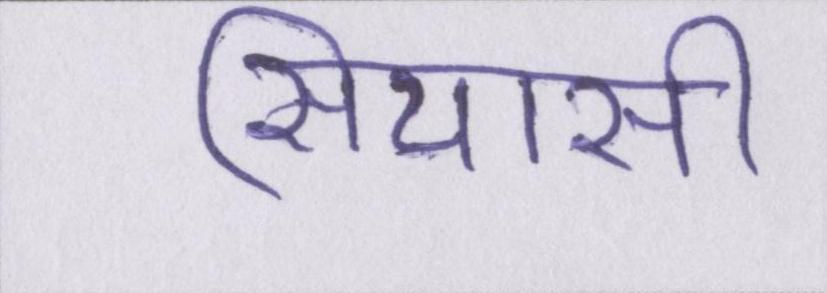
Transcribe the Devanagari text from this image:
सियासी